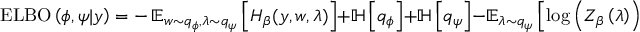
\operatorname { E L B O } \left( \phi , \psi \vert y \right) = - \operatorname { \mathbb { E } } _ { w \sim q _ { \phi } , \lambda \sim q _ { \psi } } \left[ H _ { \beta } ( y , w , \lambda ) \right] + \mathbb { H } \left[ q _ { \phi } \right] + \mathbb { H } \left[ q _ { \psi } \right] - \mathbb { E } _ { \lambda \sim q _ { \psi } } \left[ \log \left( Z _ { \beta } \left( \lambda \right) \right) \right] .